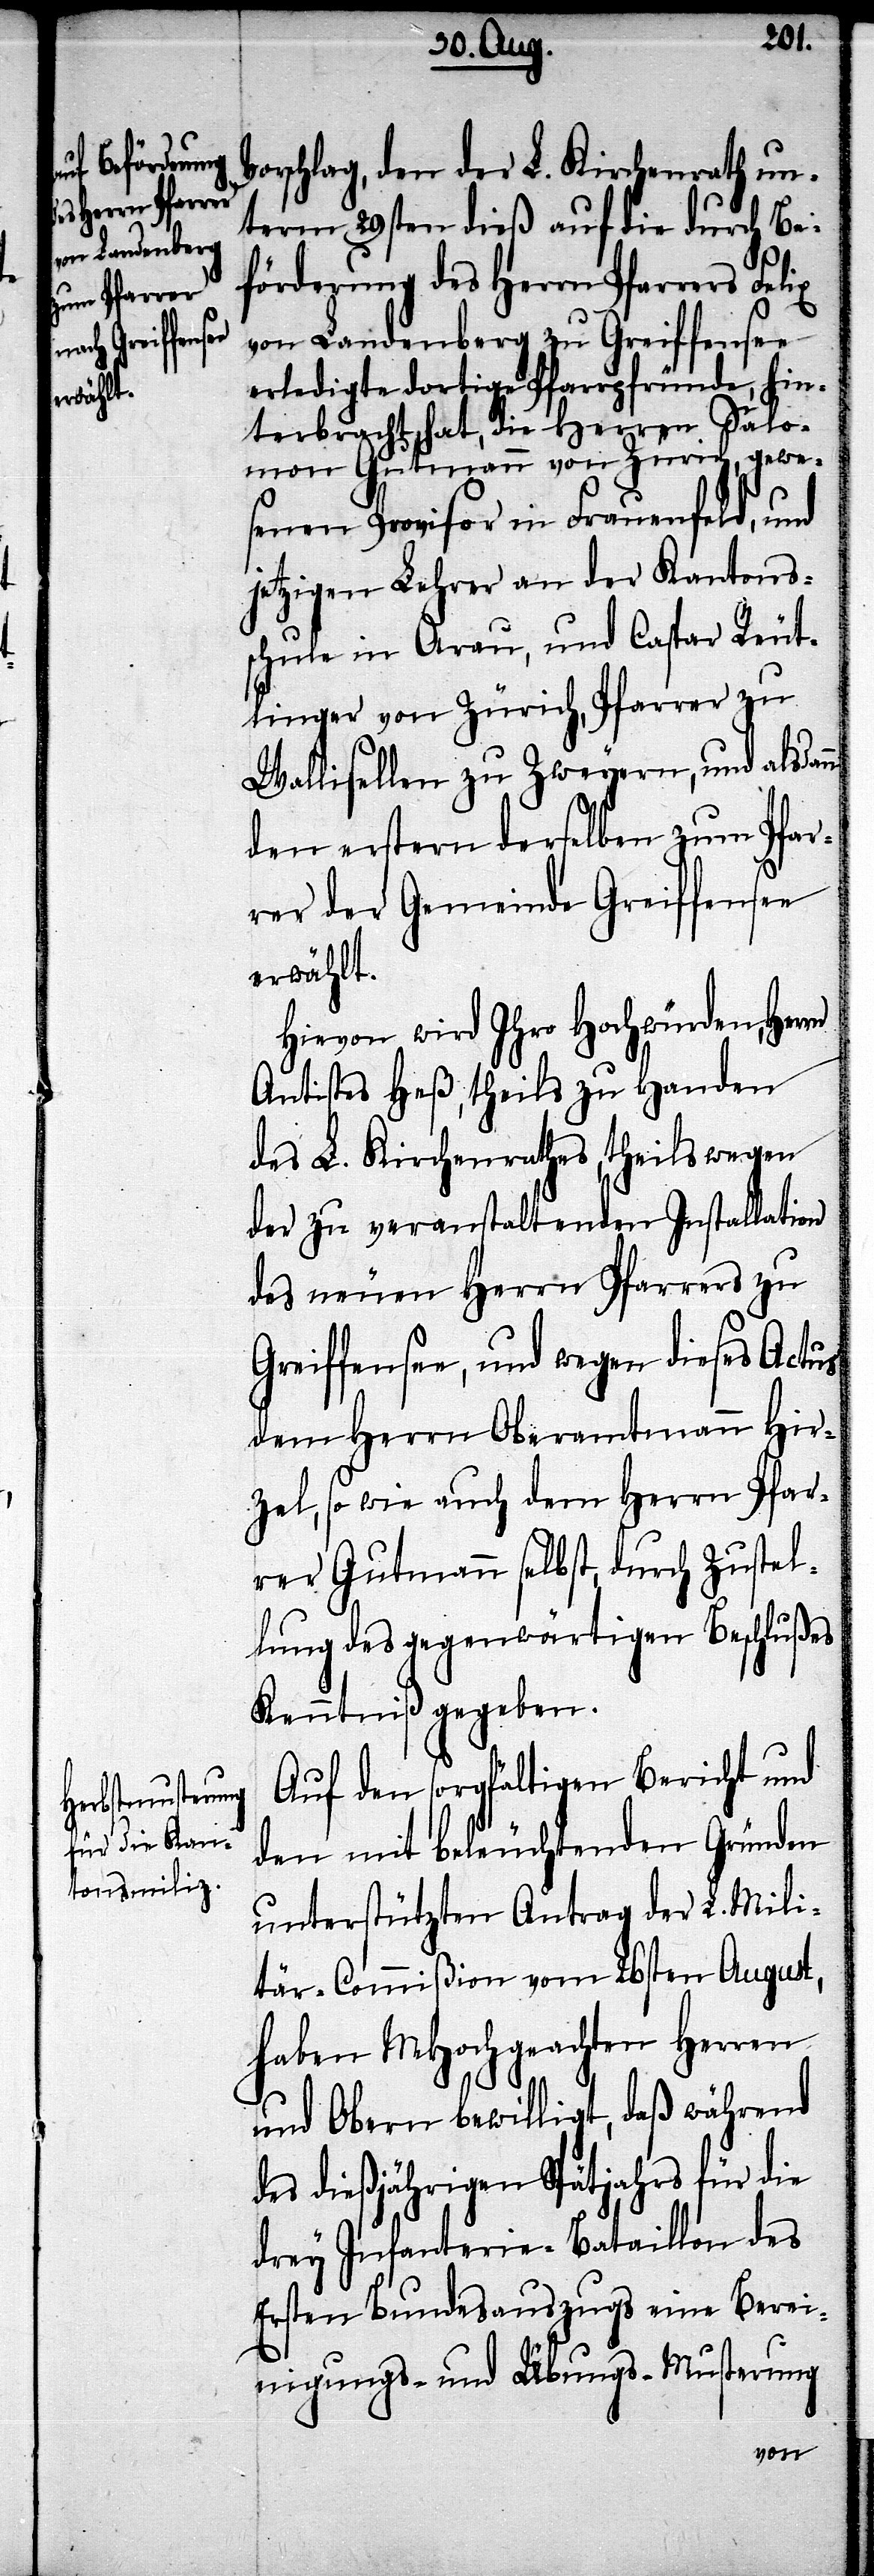
Greif¬

V¬
orschlag, den der L. Kirchenrath un¬
term 29sten dieß auf die durch Be¬
förderung des Herrn Pfarrers
von Landenberg zu Greiffensee
erledigte dortige Pfarrpfründe, hin¬
terbracht hat, die Herren Salo¬
mon Gutmann von Zürich, gewe¬
senen Provisor in Frauenfeld, und
jetzigen Lehrer an der Kantons¬
schule in Arau, und Caspar Reut¬
linger von Zürich, Pfarrer zu
Wallisellen zu Zweyern, und alsdann
den erstern derselben zum Pfar¬
rer der Gemeinde Greiffensee
erwählt.
Hievon wird Ihro Hochwürden, Herrn
Antistes Heß, theils zu Handen
des L. Kirchenrathes, theils wegen
der zu veranstaltenden Installation
des neuen Herrn Pfarrers zu
fensee, und wegen dieses Actus
dem Herrn Oberamtmann Hir¬
zel, so wie auch dem Herrn Pfar¬
rer Gutmann selbst, durch Zustel¬
lung des gegenwärtigen Beschlußes
Kenntniß gegeben.
Auf den sorgfältigen Bericht und
den mit beleuchtenden Gründen
unterstützten Antrag der L. Mili¬
tär-Commißion vom 26sten August,
haben MHochgeachten Herren
und Obern bewilligt, daß während
des dießjährigen Spätjahrs für die
drey Infanterie-Bataillon des
Ersten Bundesauszugs eine Berei¬
nigungs- und Übungs-Musterung